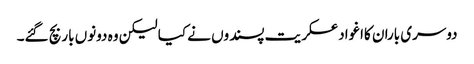
دوسری باران کااغوادعسکریت پسندوں نے کیا لیکن وہ دونوں بار بچ گئے۔